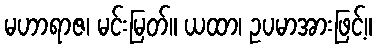
မဟာရာဇ၊ မင်းမြတ်။ ယထာ၊ ဥပမာအားဖြင့်။